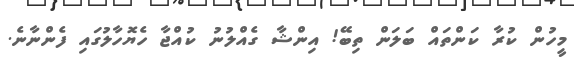
މީހުން ކުރާ ކަންތައް ބަލަން ތިބޭ! އިންޝާ ގެއްލުނު ކުއްޖާ ހެޔޮހާލުގައި ފެންނާނެ.